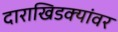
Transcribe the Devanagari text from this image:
दाराखिडक्यांवर